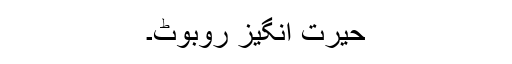
حیرت انگیز روبوٹ۔